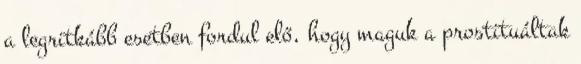
a legritkább esetben fordul elő, hogy maguk a prostituáltak